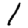
Digit: 1